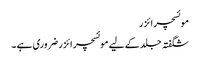
موئسچرائزر
شگفتہ جلد کے لیے موئسچر ائزر ضروری ہے ۔